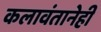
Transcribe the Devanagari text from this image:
कलावंतानेही